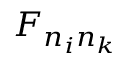
F _ { n _ { i } n _ { k } }